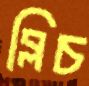
ব্লিচ